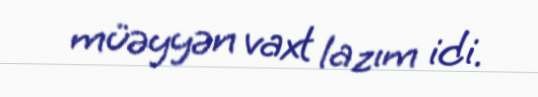
müəyyən vaxt lazım idi.